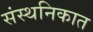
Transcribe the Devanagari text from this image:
संस्थनिकात